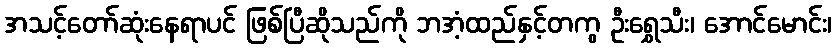
အသင့်တော်ဆုံးနေရာပင် ဖြစ်ပြီဆိုသည်ကို ဘအံ့ထည်နှင့်တကွ ဦးရွှေသီး၊ အောင်မောင်း၊